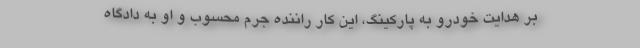
بر هدایت خودرو به پارکینگ، این کار راننده جرم محسوب و او به دادگاه